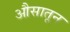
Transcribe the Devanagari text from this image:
औसातून